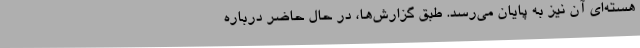
هسته‌ای آن نیز به پایان می‌رسد. طبق گزارش‌ها، در حال حاضر درباره